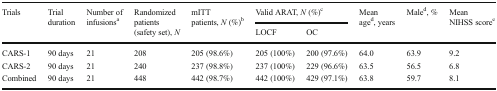
| <ROWSPAN=2> Trials | <ROWSPAN=2> Trial duration | <ROWSPAN=2> Number of infusionsa | <ROWSPAN=2> Randomized patients (safety set), N | <ROWSPAN=2> mITT patients, N (%)b | <COLSPAN=2> Valid ARAT, N (%)c | <ROWSPAN=2> Mean aged, years | <ROWSPAN=2> Maled, % | <ROWSPAN=2> Mean NIHSS scoree |
 | LOCF | OC |
 | --- | --- | --- | --- | --- | --- | --- | --- | --- | --- |
 | CARS-1 | 90 days | 21 | 208 | 205 (98.6%) | 205 (100%) | 200 (97.6%) | 64.0 | 63.9 | 9.2 |
 | CARS-2 | 90 days | 21 | 240 | 237 (98.8%) | 237 (100%) | 229 (96.6%) | 63.5 | 56.5 | 6.8 |
 | Combined | 90 days | 21 | 448 | 442 (98.7%) | 442 (100%) | 429 (97.1%) | 63.8 | 59.7 | 8.1 |